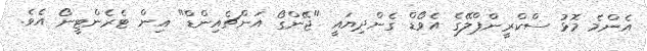
އެންމެ މޮޅު ސްކްރީންޕްލޭގެ އެވޯޑް ގެންދިޔައީ "ޖޭންގޯ އަންޗެއިންޑް" އިން ޓެރެންޓީނޯ އެވެ.